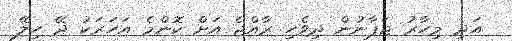
އަދި މިހާރު ޖަޕާނުން ދިވެހި ރާއްޖެ އަށް ކޮންމެ އަހަރަކު ދޭ ހިލޭ